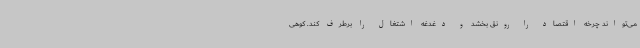
می‌تواند چرخه اقتصاد را رونق بخشد و دغدغه اشتغال را برطرف کند. کوهی